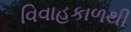
વિવાહકાળથી